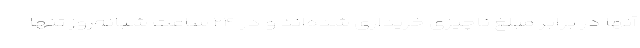
آنها در برابر مبلغ ناچیزی خریداری شده‌اند و در ۲۴ ساعت شبانه‌روز تنها